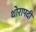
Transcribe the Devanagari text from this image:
थोरापदी